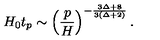
H _ { 0 } t _ { p } \sim \left( \frac { p } { H } \right) ^ { - \frac { 3 \Delta + 8 } { 3 ( \Delta + 2 ) } } .